Civil Veterinary Dept. Bombay admin report 1932-41 - 1932-1941
Year: 1932
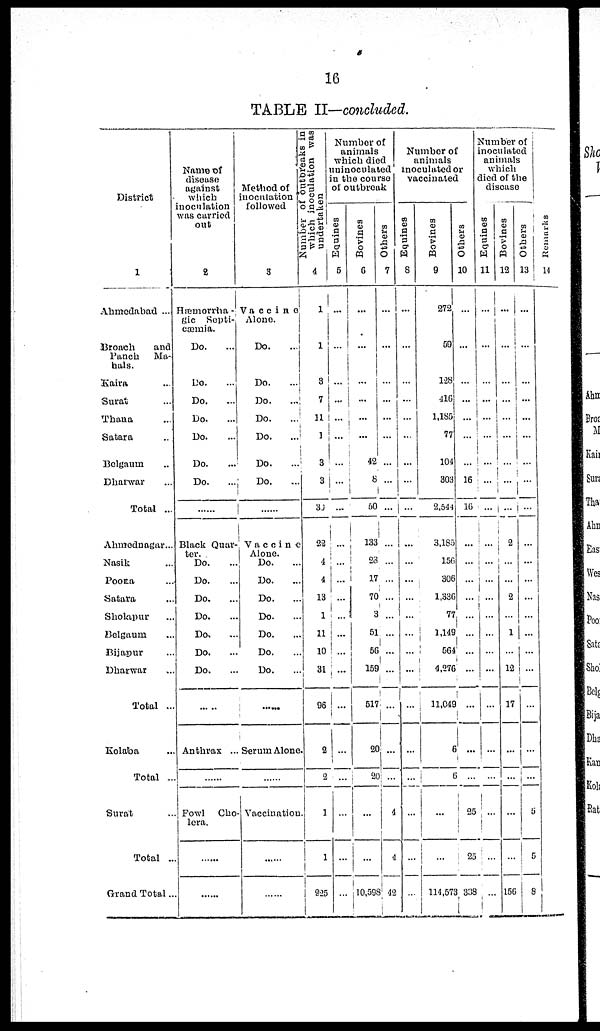
16
TABLE II—concluded.
District
1
Ahmedabad ...
Broach
and
Panch Ma-
hals.
Kaira ...
Surat ...
Thana ...
Satara ...
Belgaum ...
Dharwar ...
Total ...
Ahmednagar...
Nasik ...
Poona ...
Satara ...
Sholapur ...
Belgaum ...
Bijapur ...
Dharwar ...
Total ...
Kolaba ...
Total ...
Surat ...
Total ...
Grand Total ...
Name of
disease
against
which
inoculation
was carried
out
2
Hæmorrha¬
gic Septi¬
cæmia.
Do. ...
Do. ...
Do. ...
Do. ...
Do. ...
Do. ...
Do. ...
......
Black Quar-
ter.
Do. ...
Do. ...
Do. ...
Do. ...
Do. ...
Do. ...
Do. ...
......
Anthrax ...
......
Fowl Cho¬
lera.
......
......
Method of
inoculation
followed
3
Vaccine
Alone.
Do.
...
Do.
...
Do. ...
Do. ...
Do. ...
Do. ...
Do. ...
......
Vaccine
Alone.
Do. ...
Do. ...
Do. ...
Do. ...
Do. ...
Do. ...
Do. ...
......
Serum Alone
......
Vaccination.
......
......
Number of outbreaks in
which inoculation was
undertaken
4
1
1
3
7
11
1
3
3
30
22
4
4
13
1
11
10
31
96
2
2
1
1
925
Number of
animals
which died
uninoculated
in the course
of outbreak
Equines
5
...
...
...
...
...
...
...
...
...
...
...
...
...
...
...
I
...
...
...
...
...
...
Bovines
6
...
...
...
...
...
...
42
8
50
133
23
17
70
3
51
56
159
517
20
20
...
...
10,598
Others
7
...
...
...
...
...
...
...
...
...
...
...
...
...
...
...
...
...
...
...
...
4
4
42
Number of
animals
inoculated or
vaccinated
Equines
8
...
...
...
...
...
...
...
...
...
...
...
...
...
...
...
...
...
...
...
...
...
...
...
Bovines
9
272
59
128
416
1,185
77
104
303
2,544
3,185
156
306
1,336
77
1,149
564
4,276
11,049
6
6
...
...
114,573
Others
10
...
...
...
...
...
...
...
16
16
...
...
...
...
...
...
...
...
...
...
...
25
25
338
Number of
inoculated
animals
which
died of the
disease
Equines
11
...
...
...
...
...
...
...
...
...
...
...
...
...
...
...
...
...
...
...
...
...
...
...
Bovines
12
...
...
...
...
...
...
...
...
...
2
...
...
2
...
1
...
12
17
...
...
...
...
156
Others
13
...
...
...
...
...
...
...
...
...
...
...
...
...
...
...
...
...
...
...
...
5
...
8
Remarks
14